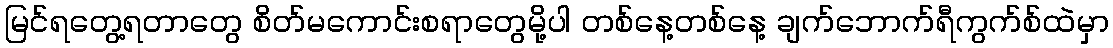
မြင်ရတွေ့ရတာတွေ စိတ်မကောင်းစရာတွေမို့ပါ တစ်နေ့တစ်နေ့ ချက်ဘောက်ရီကွက်စ်ထဲမှာ